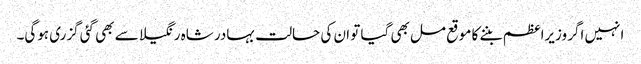
انہیں اگر وزیراعظم بننے کا موقع مل بھی گیا تو ان کی حالت بہادر شاہ رنگیلا سے بھی گئی گزری ہوگی۔